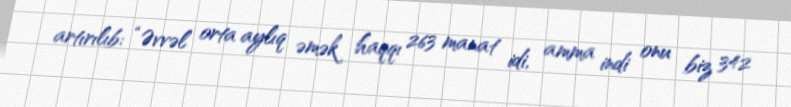
artırılıb: “Əvvəl orta aylıq əmək haqqı 263 manat idi, amma indi onu biz 342